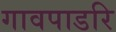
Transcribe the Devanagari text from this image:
गावपाडरि